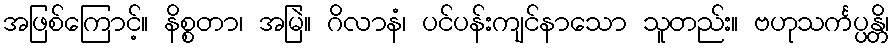
အဖြစ်ကြောင့်။ နိစ္စတာ၊ အမြဲ။ ဂိလာနံ၊ ပင်ပန်းကျင်နာသော သူတည်း။ ဗဟုသင်္ကပ္ပန္တိ၊